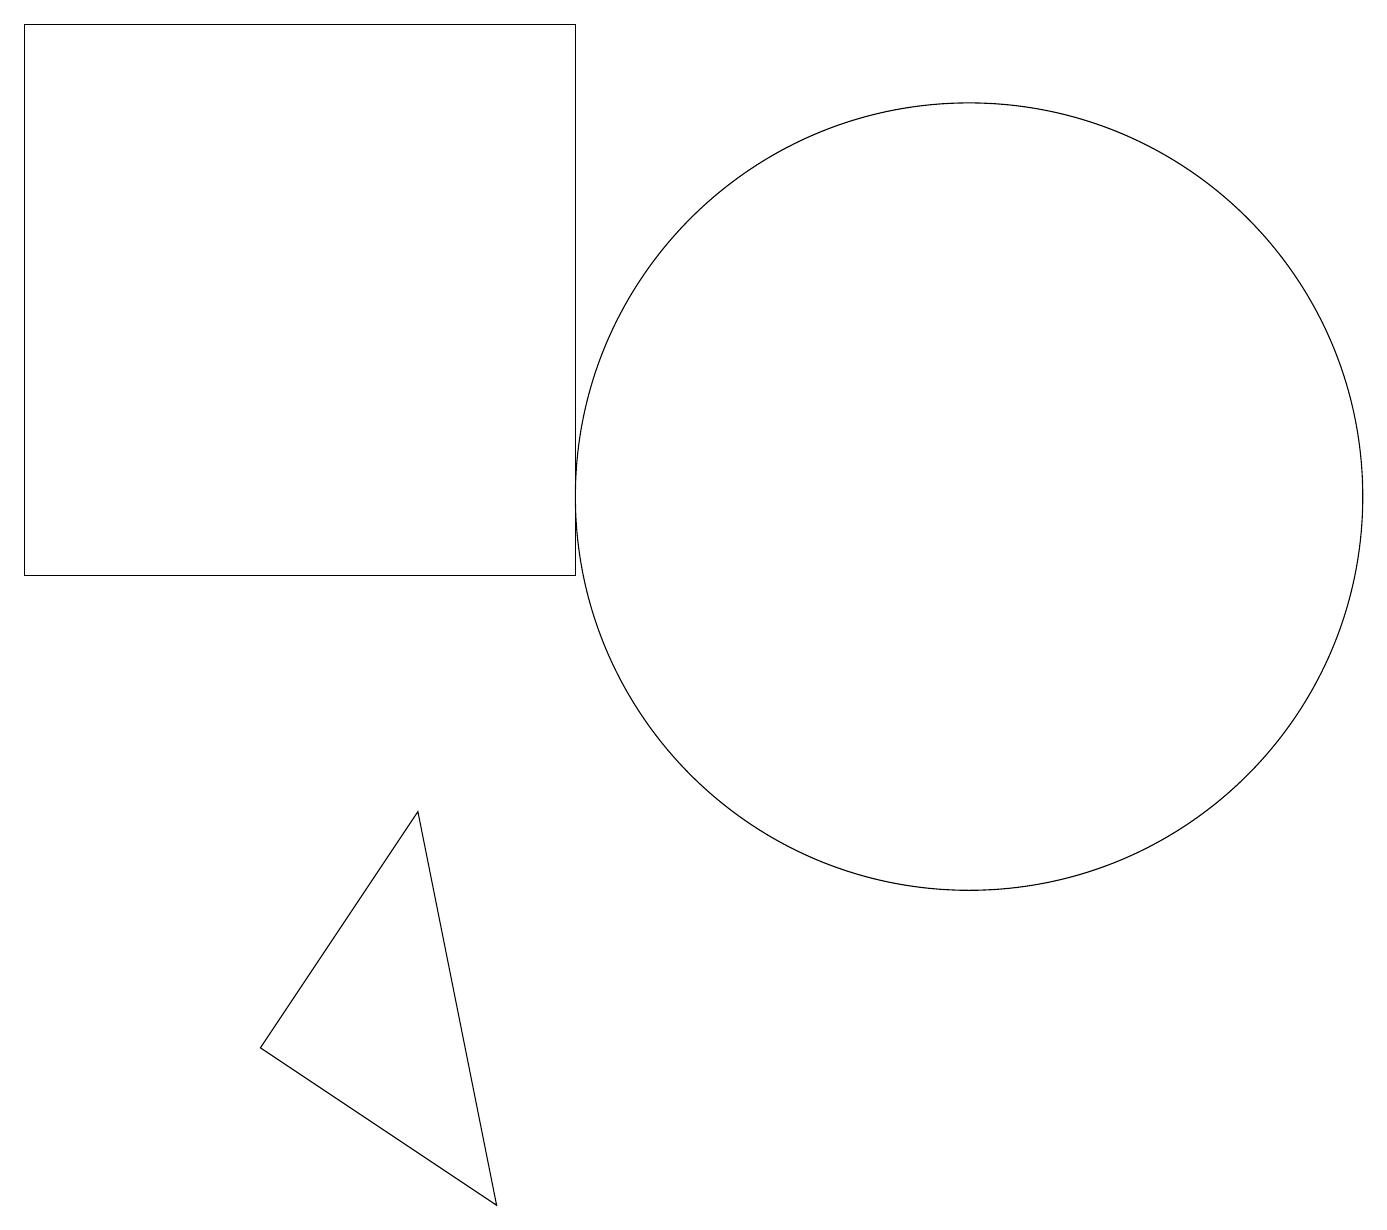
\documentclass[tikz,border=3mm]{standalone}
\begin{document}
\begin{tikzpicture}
\draw (11,10) circle (0);
\draw (3,5) -- (5,8) -- (6,3) -- cycle;
\draw (0,11) rectangle (7,18);
\draw (12,12) circle (5);
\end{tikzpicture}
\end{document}